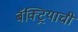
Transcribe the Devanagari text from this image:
बॅक्ट्रियाची